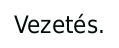
Vezetés.